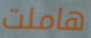
هاملت